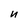
Character: n